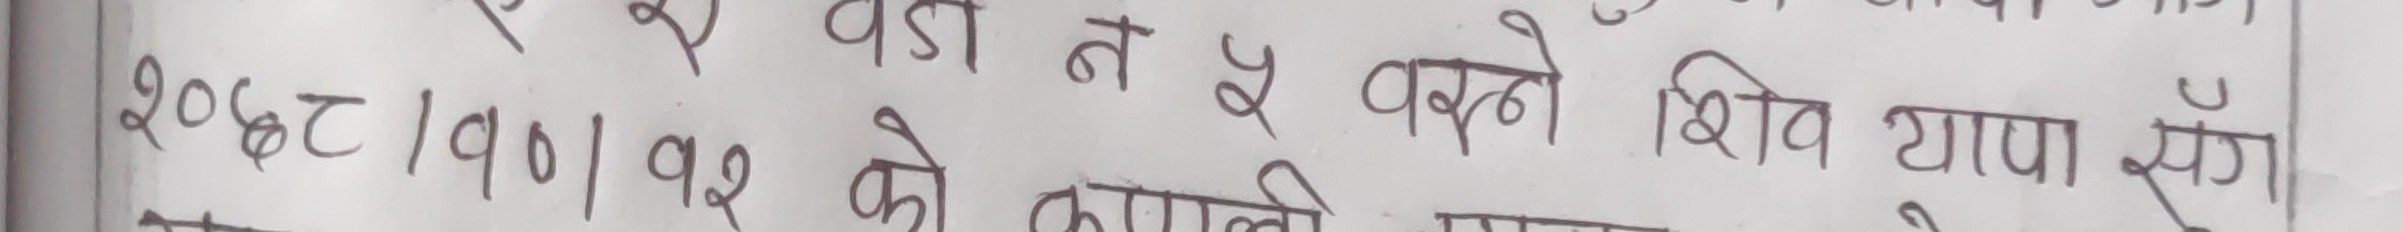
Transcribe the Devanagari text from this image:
२०७८/१०/१२ को काहिले शिव यापा सँग ।